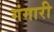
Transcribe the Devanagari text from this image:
गंगारी